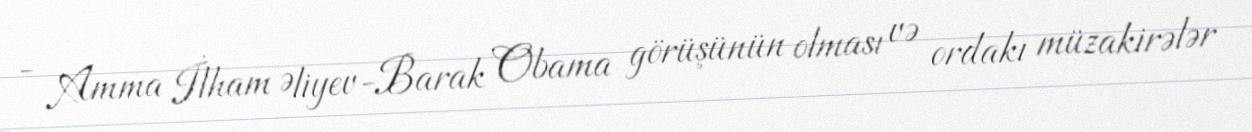
- Amma İlham Əliyev-Barak Obama görüşünün olması və ordakı müzakirələr